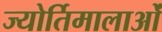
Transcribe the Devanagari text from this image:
ज्योर्तिमालाओं